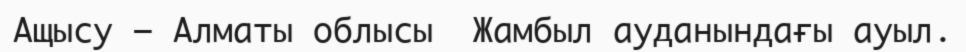
Ащысу – Алматы облысы  Жамбыл ауданындағы ауыл.